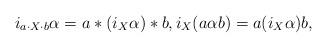
LaTeX: \begin{align*}i_{a\cdot X\cdot b}\alpha=a*(i_X\alpha)*b,i_X(a\alpha b)=a(i_X\alpha)b,\end{align*}